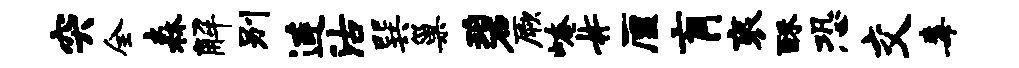
突全森解别连沽巽巢碧厥崦#厘肓衮酥恐交毒